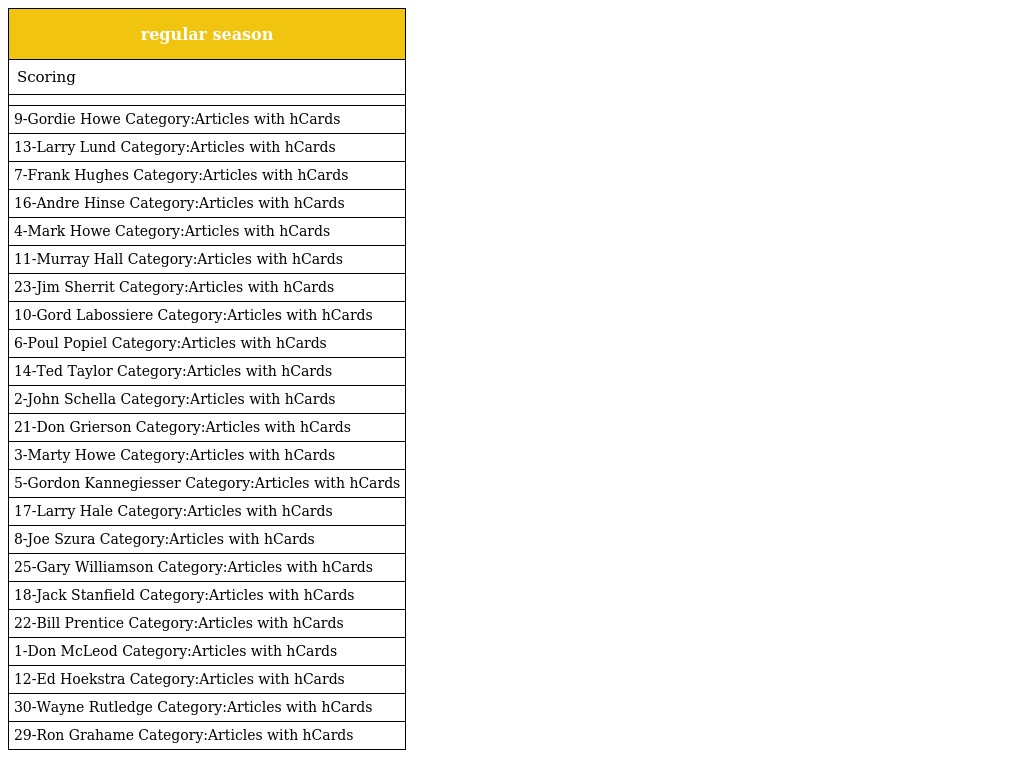
| regular season |
 | --- |
 | Scoring |
 |  |
 | 9-Gordie Howe Category:Articles with hCards |
 | 13-Larry Lund Category:Articles with hCards |
 | 7-Frank Hughes Category:Articles with hCards |
 | 16-Andre Hinse Category:Articles with hCards |
 | 4-Mark Howe Category:Articles with hCards |
 | 11-Murray Hall Category:Articles with hCards |
 | 23-Jim Sherrit Category:Articles with hCards |
 | 10-Gord Labossiere Category:Articles with hCards |
 | 6-Poul Popiel Category:Articles with hCards |
 | 14-Ted Taylor Category:Articles with hCards |
 | 2-John Schella Category:Articles with hCards |
 | 21-Don Grierson Category:Articles with hCards |
 | 3-Marty Howe Category:Articles with hCards |
 | 5-Gordon Kannegiesser Category:Articles with hCards |
 | 17-Larry Hale Category:Articles with hCards |
 | 8-Joe Szura Category:Articles with hCards |
 | 25-Gary Williamson Category:Articles with hCards |
 | 18-Jack Stanfield Category:Articles with hCards |
 | 22-Bill Prentice Category:Articles with hCards |
 | 1-Don McLeod Category:Articles with hCards |
 | 12-Ed Hoekstra Category:Articles with hCards |
 | 30-Wayne Rutledge Category:Articles with hCards |
 | 29-Ron Grahame Category:Articles with hCards |